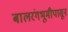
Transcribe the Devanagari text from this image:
बालरंगभूमीपासून